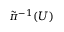
\tilde { \pi } ^ { - 1 } ( U )